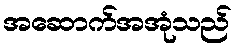
အဆောက်အအုံသည်